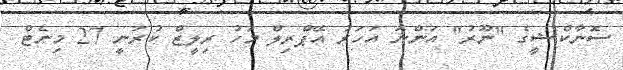
ސޮނާކްޝީގެ "ނޫރު" އަންނަ އަހަރު އޭޕްރިލް މަހު ރިލީޒް ކުރަނީ 27 މިނެޓް